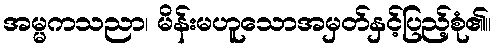
အမ္မကသညာ၊ မိန်းမဟူသောအမှတ်နှင့်ပြည့်စုံ၏။